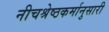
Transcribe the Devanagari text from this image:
नीचश्रेष्ठकर्मानुसारी